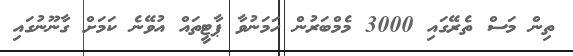
ތިން މަސް ތެރޭގައި 3000 މެމްބަރުން ހަމަނުވާ ޕާޓީތައް އުވޭނެ ކަމަށް ގާނޫނުގައި